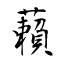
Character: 藾